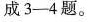
成3-4题。